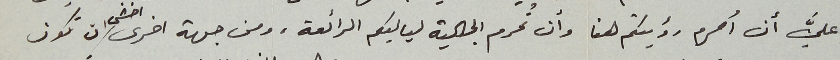
عليَّ أن أحرم رؤيتكم هنا وأن تُحرم الجالية لياليكم الرائعة، ومن جهة اخرى اخشى ان تكون